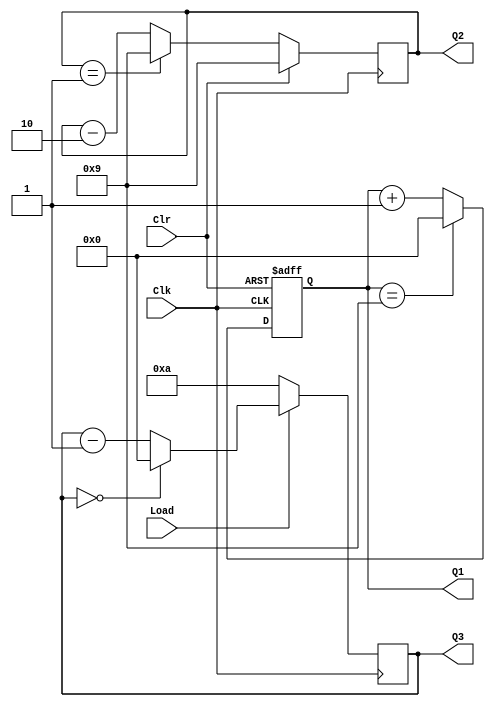
// Ch08 cnt2.v
// BCD WpPBCD _Up
// p

module cnt2 (Clk,Clr,Load,Q1,Q2,Q3);
input  Clk,Clr,Load;	// @J
output [3:0] Q1,Q2,Q3;	// |X 
reg    [3:0] Q1,Q2,Q3;	// is

// Wto, WtDPBM, BCDWp
always@ (posedge Clk or posedge Clr) 
  if (Clr)        	Q1 = 0;
  else if (Q1 == 9) 	Q1 = 0;
  else	          	Q1 = Q1 + 1;

// Uto, WtPBM, BCD _Up
always@ (negedge Clk) 
  if (Clr)        	Q2 = 9;
  else if (Q2 == 1) 	Q2 = 9;
  else	          	Q2 = Q2 - 2;

// Wto, UtPBJ, p
always@ (posedge Clk) 
  if (!Load)      	Q3 = 10;
  else if (Q3 == 0) 	Q3 = 0;
  else	          	Q3 = Q3 - 1;

endmodule